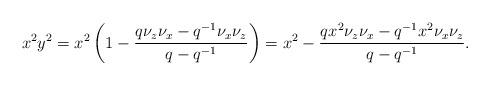
LaTeX: \begin{align*} x^2 y^2 = x^2 \left(1-\frac{q\nu_z\nu_x - q^{-1}\nu_x\nu_z}{q-q^{-1}}\right) = x^2 - \frac{qx^2 \nu_z\nu_x - q^{-1}x^2 \nu_x \nu_z}{q-q^{-1}}.\end{align*}